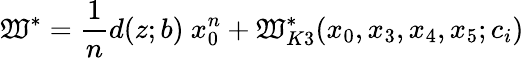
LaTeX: \mathfrak{W}^{\ast}=\frac{{1}}{{n}}d(z;b)~x_{0}^{n}+\mathfrak{W}_{K3}^{\ast}(x_{0},x_{3},x_{4},x_{5};c_{i})